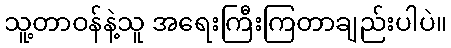
သူ့တာဝန်နဲ့သူ အရေးကြီးကြတာချည်းပါပဲ။